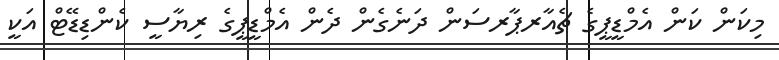
މިކަން ކަން އެމްޑީޕީގެ ޗެއާރޕާރސަން ދަނެގެން ދެން އެމްޑީޕީގެ ރިޔާސީ ކެންޑިޑޭޓް އަކީ